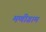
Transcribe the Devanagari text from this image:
मणीग्राम